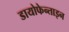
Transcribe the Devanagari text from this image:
डायोफेन्ताइन